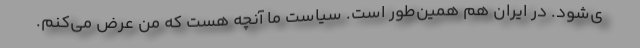
ی‌شود. در ایران هم همین‌طور است. سیاست ما آنچه هست که من عرض می‌کنم.